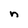
Character: n